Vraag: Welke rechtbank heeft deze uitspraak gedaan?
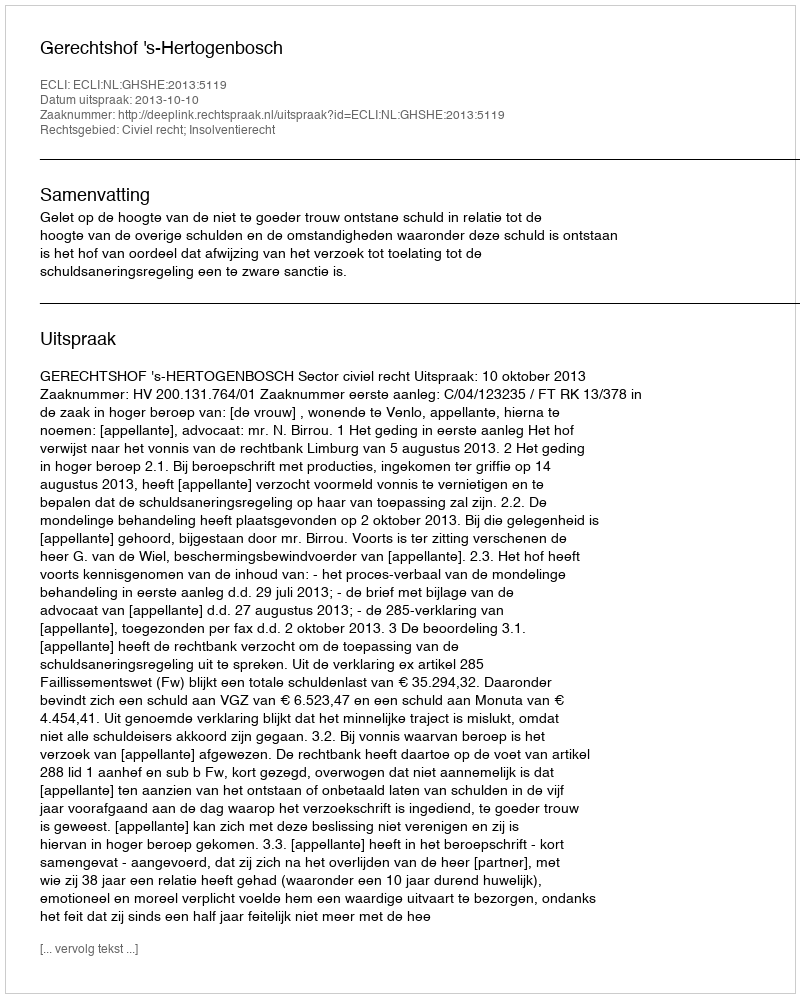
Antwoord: Gerechtshof 's-Hertogenbosch